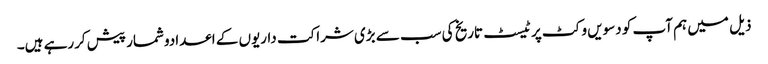
ذیل میں ہم آپ کو دسویں وکٹ پر ٹیسٹ تاریخ کی سب سے بڑی شراکت داریوں کے اعدادوشمار پیش کررہے ہیں۔